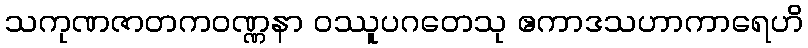
သကုဏဇာတကဝဏ္ဏနာ ဝဿူပဂတေသု ဧကာဒသဟာကာရေဟိ